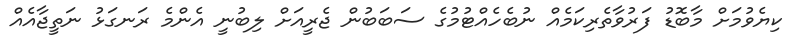
ކިޔެވުމަށް މާބޮޑު ފަރުވާތެރިކަމެއް ނުބެހެއްޓުމުގެ ސަބަބުން ޖެރީއަށް ލިބުނީ އެންމެ ރަނގަޅު ނަތީޖާއެއް